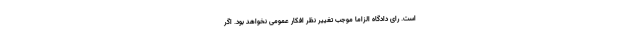
است. رای دادگاه الزاماً موجب تغییر نظر افکار عمومی نخواهد بود. اگر